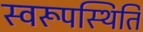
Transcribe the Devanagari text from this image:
स्वरूपस्थिति